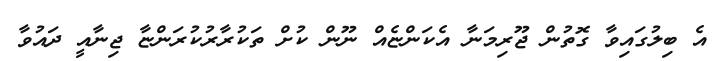
އެ ބިލުގައިވާ ގޮތުން ޖޫރިމަނާ އެކަންޏެއް ނޫން ކުށް ތަކުރާރުކުރަންޏާ ޖިނާއީ ދައުވާ